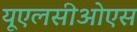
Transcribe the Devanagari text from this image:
यूएलसीओएस